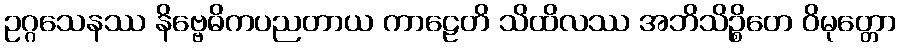
ဥဂ္ဂသေနဿ နိဗ္ဗေဓိကပညတာယ ကာဠေတိ သိထိလဿ အဘိသိဉ္စိတေ ဝိမုတ္တော